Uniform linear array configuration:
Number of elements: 4
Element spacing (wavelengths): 0.75
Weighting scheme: binomial
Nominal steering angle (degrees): -45
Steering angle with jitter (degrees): -46.934
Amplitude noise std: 0.05
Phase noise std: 0.05

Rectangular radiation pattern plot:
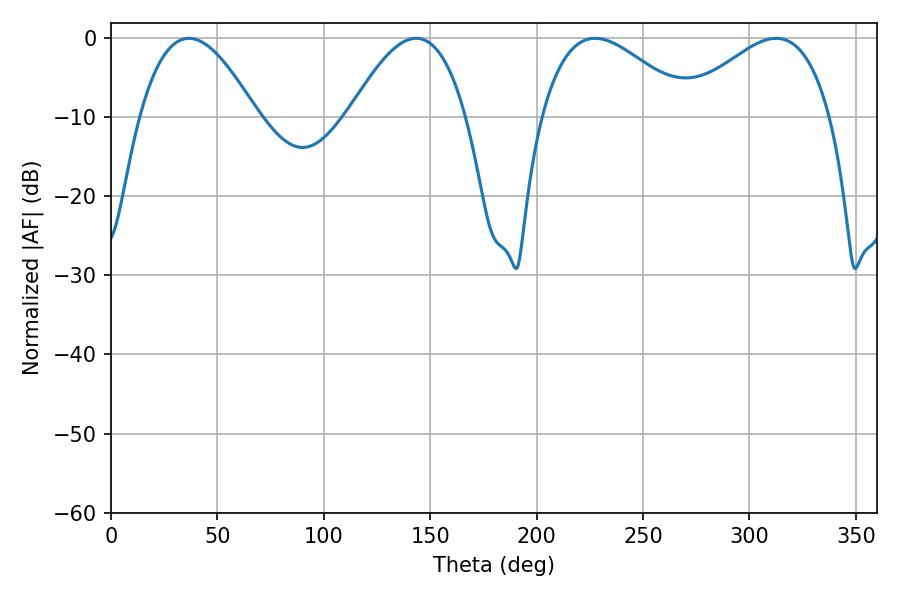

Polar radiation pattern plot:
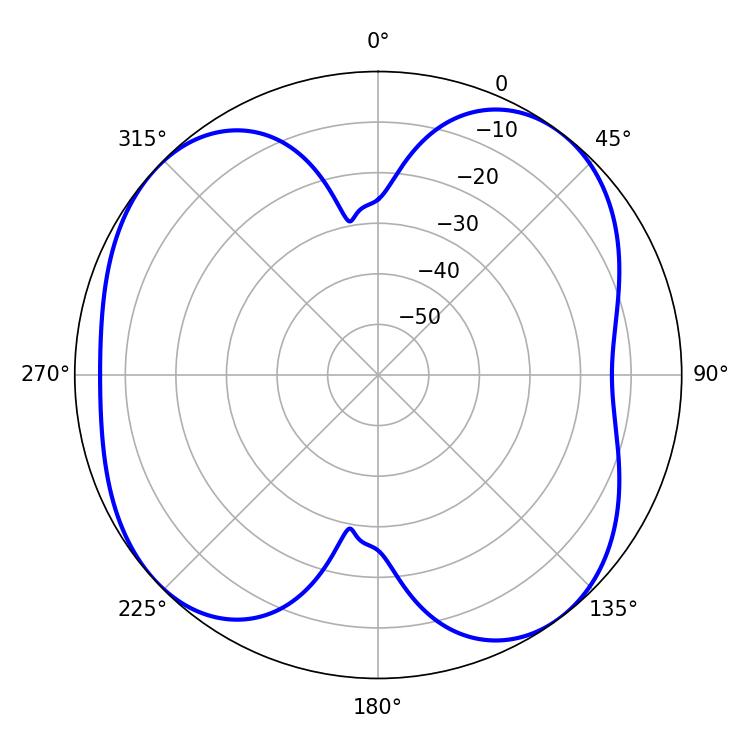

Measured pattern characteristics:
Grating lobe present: TRUE
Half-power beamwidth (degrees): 37.98
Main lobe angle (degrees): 227.52